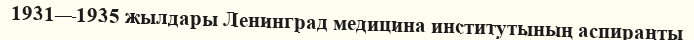
1931—1935 жылдары Ленинград медицина институтының аспиранты